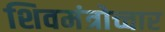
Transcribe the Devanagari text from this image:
शिवमंत्रोच्चार